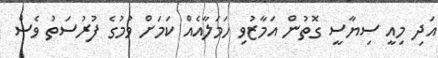
އަދި މިއީ ސިޔާސީ ގޮތުން އަމާޒުވި ހަމަލާއެއް ކަމަށް ވުމުގެ ފުރުސަތު ވެސް